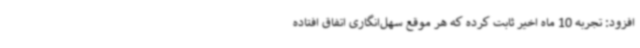
افزود: تجربه 10 ماه اخیر ثابت کرده که هر موقع سهل‌انگاری اتفاق افتاده